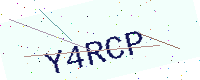
Text: Y4RCP